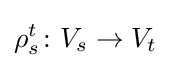
\rho _{s}^{t}\colon V_{s}\to V_{t}